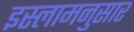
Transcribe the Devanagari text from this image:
इस्लामनुसार